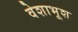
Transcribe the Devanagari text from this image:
वेशाभूश